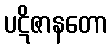
ပဋိဇာနတော